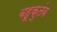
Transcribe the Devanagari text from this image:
बहूकुतंब